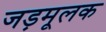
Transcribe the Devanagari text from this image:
जड़मूलक